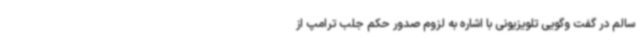
سالم در گفت وگویی تلویزیونی با اشاره به لزوم صدور حکم جلب ترامپ از